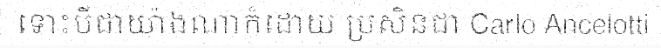
ទោះបីជាយ៉ាងណាក៏ដោយ ប្រសិនជា Carlo Ancelotti